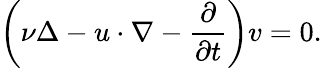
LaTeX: \left(\nu\Delta-u\cdot\nabla-\frac{\partial}{\partial t}\right)v=0.